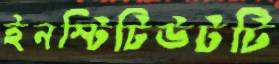
ইনস্টিটিউটটি